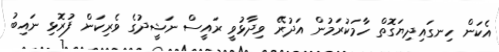
އެކަން ހިނގައިދިޔަގޮތް ހާމަކުރަމުން އަދުރޭ ވިދާޅުވީ ރައީސް ނަޝީދުގެ ވެރިކަން ފުރޮޅި ނައިބު